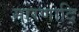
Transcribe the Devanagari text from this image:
मारणादि